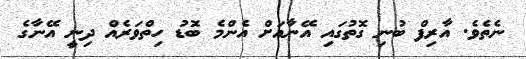
ނެތެވެ. އާރިފް ބުނި ގޮތުގައި އޭނާއަށް އެންމެ ބޮޑު ހިތްވަރެއް ދިނީ އޭނާގެ